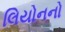
લિયોનનો